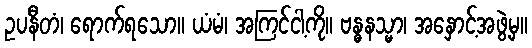
ဥပနီတံ၊ ရောက်ရသော။ ယံမံ၊ အကြင်ငါ့ကို။ ဗန္ဓနသ္မာ၊ အနှောင့်အဖွဲ့မှ။